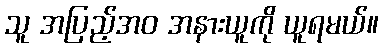
သူ အပြည့်အဝ အနားယူကို ယူရမယ်။